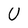
Character: 0